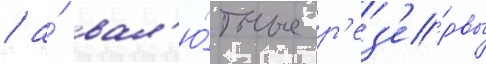
/ а́ вал'ю́тные р'ез'е́рвы